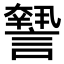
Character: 𧬓